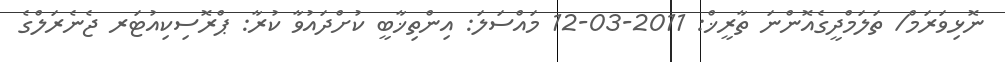
ނޮޅިވަރަމް/ ތަލަމްދީގެއޮންނަ ތާރީޚް: 2011-03-12 މައްސަލަ: އިންތިޚާބީ ކުށްދައުވާ ކުރާ: ޕްރޮސިކިއުޓަރ ޖެނެރަލްގެ